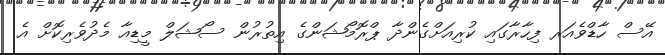
އޭސް ހާޑްވެއަރ ފިހާރާގައި ކުރިއަށްގެންދާ ޕްރޮމޯޝަންގެ އިތުރުން ސޯޝަލް މީޑިއާ މެދުވެރިކޮށް އެ